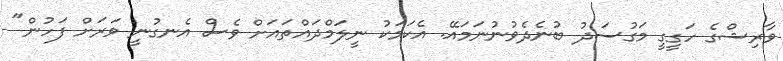
ވާރިޝްގެ ހަގީގީ މަގުސަދު ބުނެދެވުނުނަމައޭ. އެކަމަކު ނީލަމްދައްތައަށް ވެސް އެނގުނީ ވަރަށް ފަހުން"